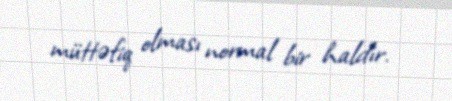
müttəfiq olması normal bir haldır.